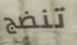
تنضج